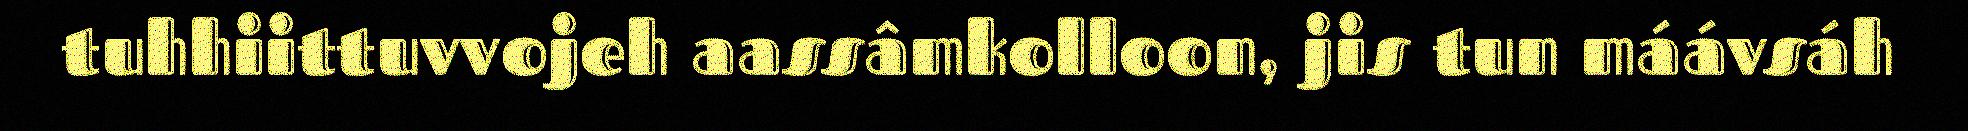
tuhhiittuvvojeh aassâmkolloon, jis tun máávsáh